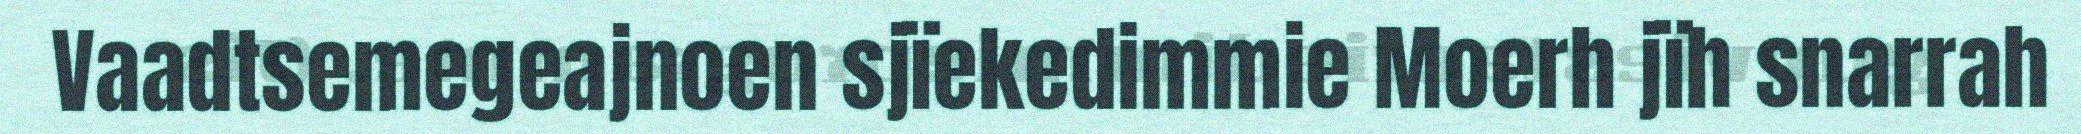
Vaadtsemegeajnoen sjïekedimmie Moerh jïh snarrah